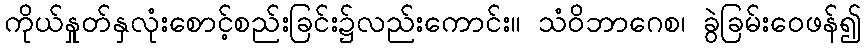
ကိုယ်နှုတ်နှလုံးစောင့်စည်းခြင်း၌လည်းကောင်း။ သံဝိဘာဂေစ၊ ခွဲခြမ်းဝေဖန်၍